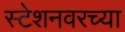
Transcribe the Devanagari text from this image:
स्टेशनवरच्या